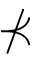
\nprec